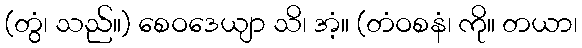
(တွံ၊ သည်။) စေဝဒေယျာ သိ၊ အံ့။ (တံဝစနံ၊ ကို။ တယာ၊